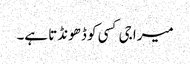
میرا جی کسی کو ڈھونڈتا ہے۔